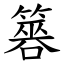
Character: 簭